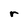
Character: r